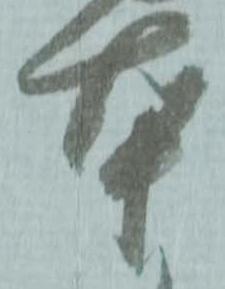
本